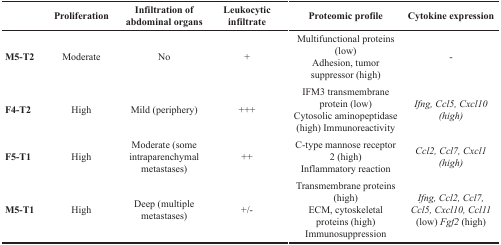
<table><thead><tr><td></td><td><b>Proliferation</b></td><td><b>Infiltration of abdominal organs</b></td><td><b>Leukocytic infiltrate</b></td><td><b>Proteomic profile</b></td><td><b>Cytokine expression</b></td></tr></thead><tbody><tr><td><b>M5-T2</b></td><td>Moderate</td><td>No</td><td>+</td><td>Multifunctional proteins (low)Adhesion, tumor suppressor (high)</td><td>-</td></tr><tr><td><b>F4-T2</b></td><td>High</td><td>Mild (periphery)</td><td>+++</td><td>IFM3 transmembrane protein (low)Cytosolic aminopeptidase (high) Immunoreactivity</td><td><i>Ifng, Ccl5, Cxcl10 (high)</i></td></tr><tr><td><b>F5-T1</b></td><td>High</td><td>Moderate (some intraparenchymal metastases)</td><td>++</td><td>C-type mannose receptor 2 (high)Inflammatory reaction</td><td><i>Ccl2, Ccl7, Cxcl1 (high)</i></td></tr><tr><td><b>M5-T1</b></td><td>High</td><td>Deep (multiple metastases)</td><td>+/-</td><td>Transmembrane proteins (high)ECM, cytoskeletal proteins (high) Immunosuppression</td><td><i>Ifng, Ccl2, Ccl7, Ccl5, Cxcl10, Ccl11</i> (low) <i>Fgf2</i> (high)</td></tr></tbody></table>